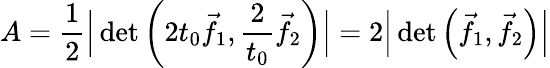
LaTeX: A={\frac{1}{2}}{\Big|}\operatorname*{det}\left(2t_{0}{\vec{f}}_{1},{\frac{2}{t_{0}}}{\vec{f}}_{2}\right){\Big|}=2{\Big|}\operatorname*{det}\left({\vec{f}}_{1},{\vec{f}}_{2}\right){\Big|}